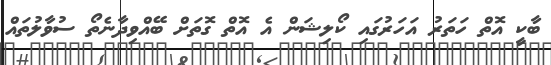
ބާކީ އޮތް ހަތަރު އަހަރުގައި ކޯލިޝަން އެ އޮތް ގޮތަށް ބޭއްވިދާނެތޯ ސުވާލުތައް